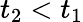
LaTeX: t_{2}<t_{1}